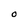
Character: O